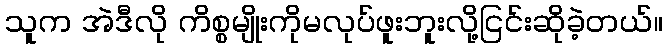
သူက အဲဒီလို ကိစ္စမျိုးကိုမလုပ်ဖူးဘူးလို့ငြင်းဆိုခဲ့တယ်။